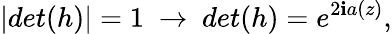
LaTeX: |det(h)|=1~\rightarrow~det(h)=e^{2\mathbf{i}a(z)},